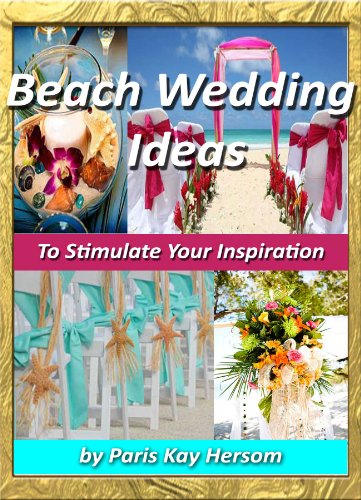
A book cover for Beach Wedding Ideas - To Stimulate Your Inspiration, Beach Wedding Planning On A Budget, Cheap Wedding Decorating Ideas for the DIY Bride Outdoor Wedding Book; Paris Kay Hersom; Crafts, Hobbies & Home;